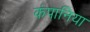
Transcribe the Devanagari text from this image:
कंपानिया